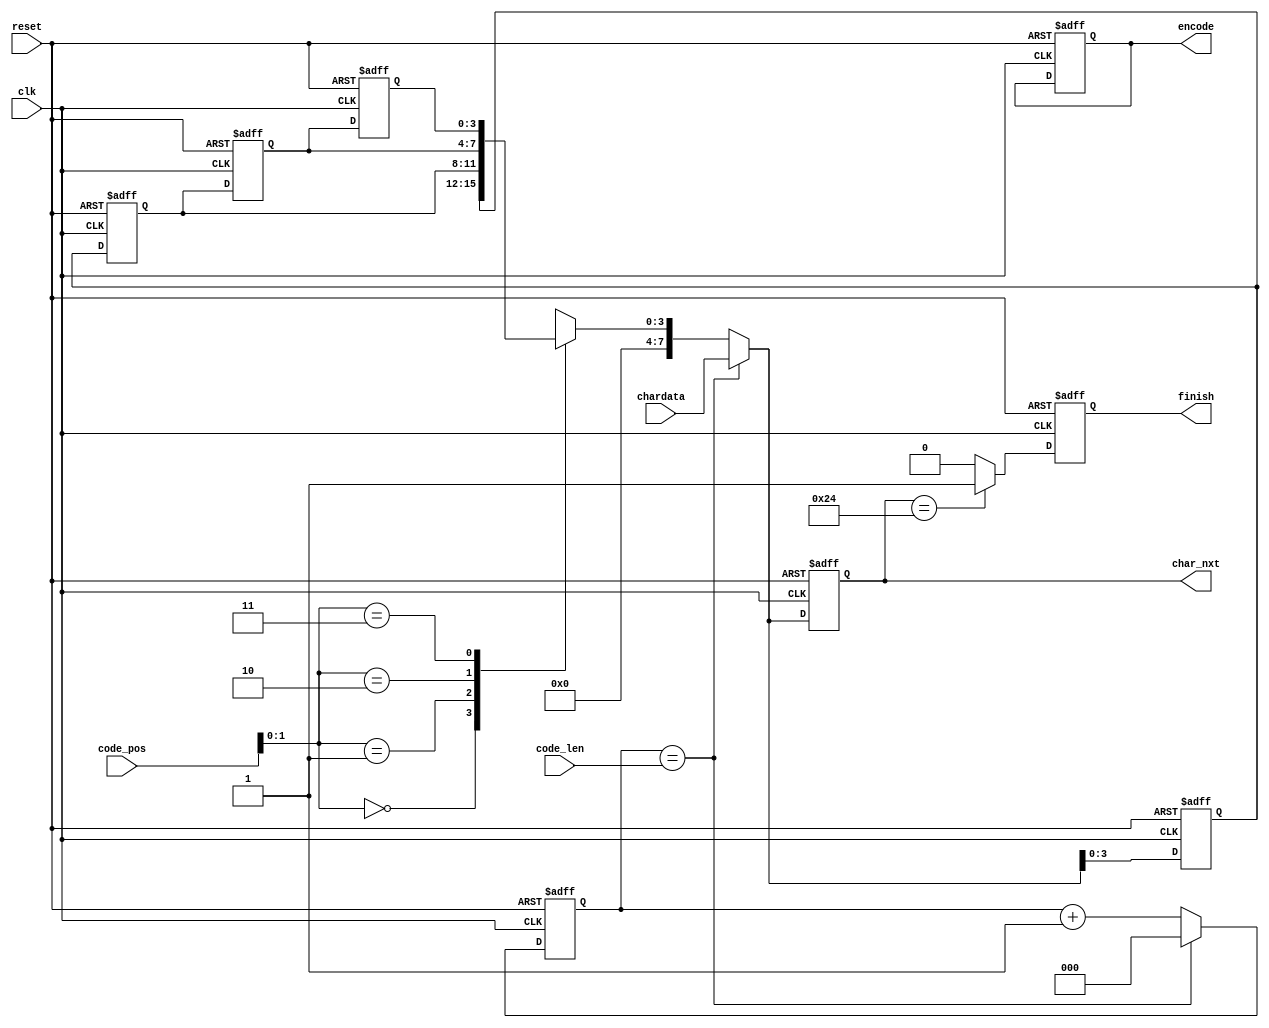
module LZ77_Decoder(clk,reset,code_pos,code_len,chardata,encode,finish,char_nxt);

input 				clk;
input 				reset;
input 		[3:0] 	code_pos;
input 		[2:0] 	code_len;
input 		[7:0] 	chardata;
output  reg			encode;
output  reg			finish;
output 	reg	[7:0] 	char_nxt;


/* write your code here ! */
reg			[2:0]	output_counter;	
reg			[3:0]	search_buffer[3:0];


always @(posedge clk or posedge reset)
begin
	if(reset)
	begin
		finish <= 0;
		output_counter <= 0;
		encode <= 0;
		char_nxt <= 0;

		search_buffer[3] <= 0;
		search_buffer[2] <= 0;
		search_buffer[1] <= 0;
		search_buffer[0] <= 0;
	end
	else
	begin
		char_nxt <= (output_counter == code_len) ? chardata : search_buffer[code_pos];

		search_buffer[3] <= search_buffer[2];
		search_buffer[2] <= search_buffer[1];
		search_buffer[1] <= search_buffer[0];

		search_buffer[0] <= (output_counter == code_len) ? chardata : search_buffer[code_pos];
		output_counter <= (output_counter == code_len) ? 0 : output_counter+1;
		finish <= (char_nxt==8'h24) ? 1 : 0;
	end
end

endmodule